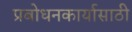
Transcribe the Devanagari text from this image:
प्रबोधनकार्यासाठी